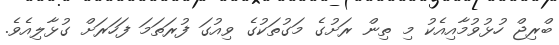
ބްރިޖް ހުޅުވުމާއިއެކު މި ތިން ރަށުގެ މަގުތަކުގެ ވިއުގަ ފުރަތަމަ ފަހަރަށް ގުޅާލިއެވެ.